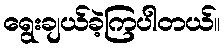
ရွေးချယ်ခဲ့ကြပါတယ်။